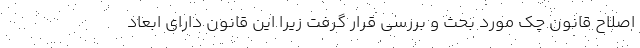
اصلاح قانون چک مورد بحث و بررسی قرار گرفت زیرا این قانون دارای ابعاد